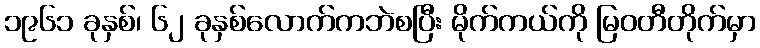
၁၉၆၁ ခုနှစ်၊ ၆၂ ခုနှစ်လောက်ကဘဲစပြီး မိုက်ကယ်ကို မြဝတီတိုက်မှာ